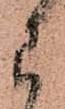
わ